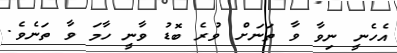
އެހެނީ ނިވާ ވާ ތަނަށް ވުރެ ބޮޑު ވާނީ ހާމަ ވާ ތަނެވެ.